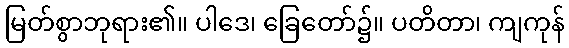
မြတ်စွာဘုရား၏။ ပါဒေ၊ ခြေတော်၌။ ပတိတာ၊ ကျကုန်